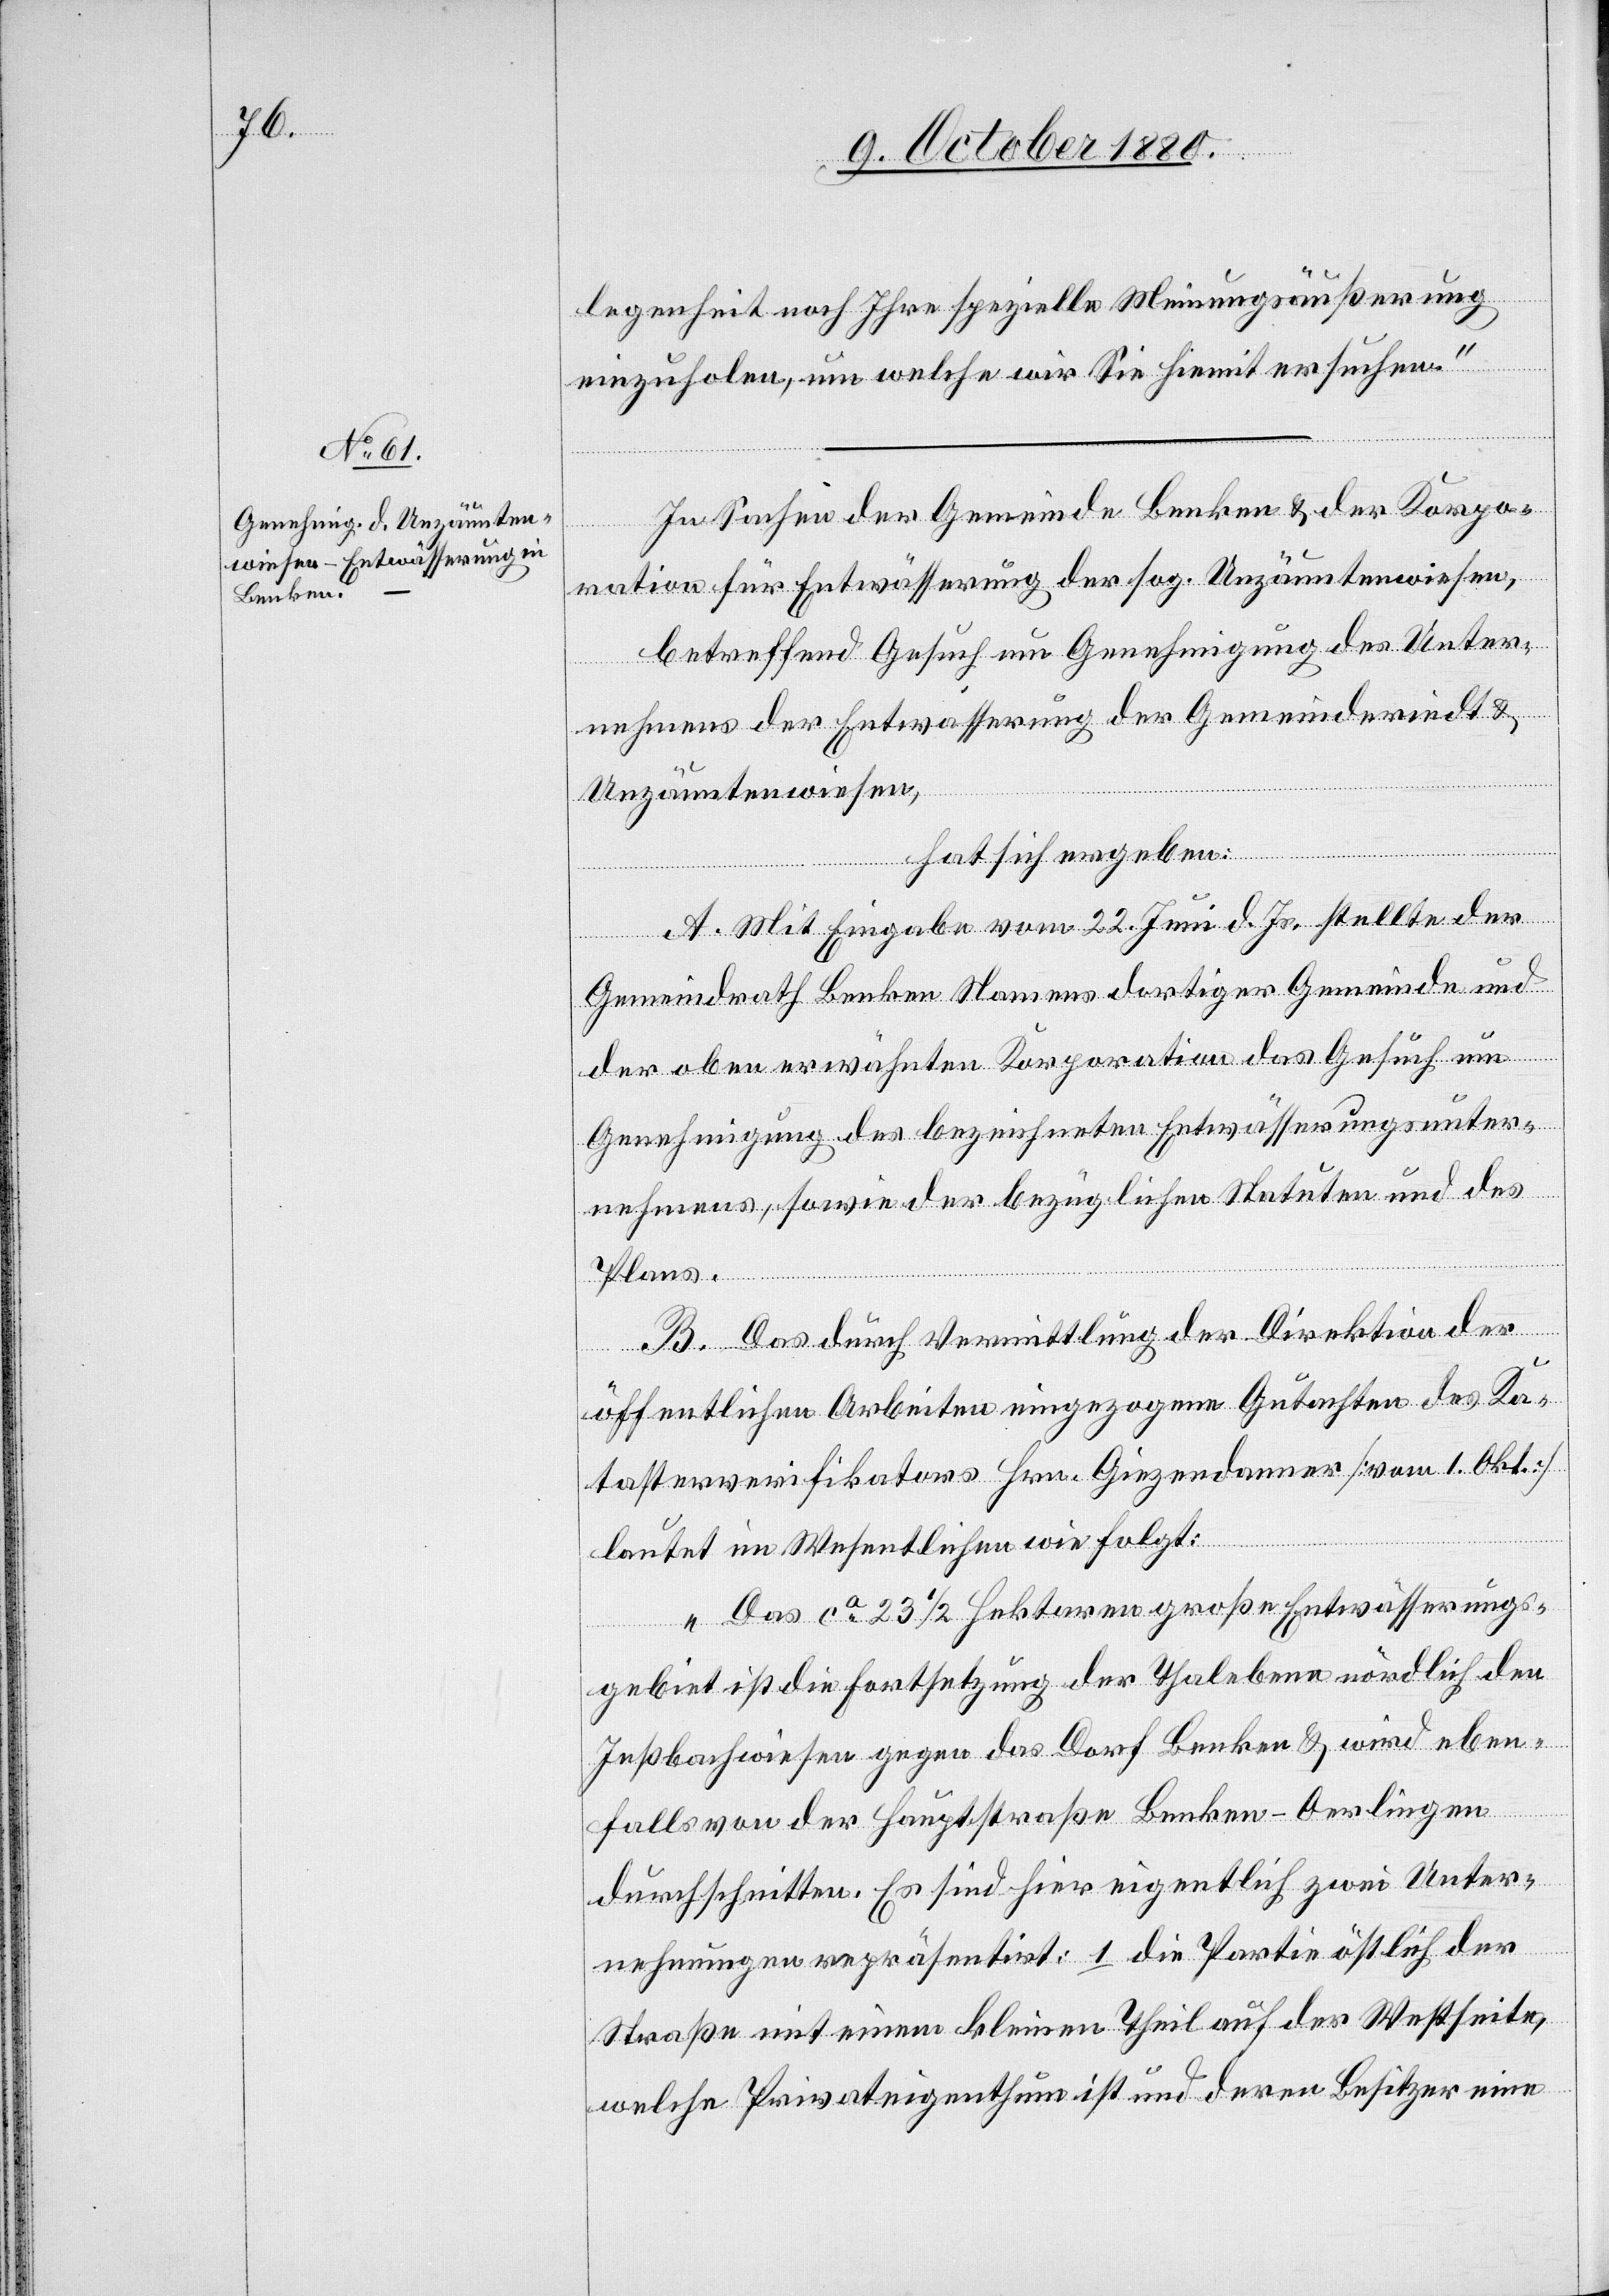
legenheit noch Ihre spezielle Meinungsäußerung
einzuholen, um welche wir Sie hiemit ersuchen.“
In Sachen der Gemeinde Benken & der Korpo¬
ration für Entwässerung der sog. Unzäuntenwiesen,
hat sich ergeben:
A. Mit Eingabe vom 22. Juni d. Js. stellte der
Gemeindrath Benken Namens dortiger Gemeinde und
der oben erwähnten Korporation das Gesuch um
Genehmigung des bezeichneten Entwässerungsunter¬
nehmens, sowie der bezüglichen Statuten und des
Plans.
B. Das durch Vermittlung der Direktion der
öffentlichen Arbeiten eingezogene Gutachten des Ka¬
tasterverifikators Hrn. Giezendanner [vom 1. Okt.]
lautet im Wesentlichen wie folgt:
„Das ca 23 1/2 Hektaren große Entwässerungs¬
gebiet ist die Fortsetzung der Thalebene nördlich den
Inßbachwiesen gegen das Dorf Benken & wird eben¬
falls von der Hauptstraße Benken–Oerlingen
durchschnitten. Es sind hier eigentlich zwei Unter¬
nehmungen repräsentirt: 1. die Partie östlich der
Straße mit einem kleinen Theil auf der Westseite,
welche Privateigenthum ist und deren Besitzer eine